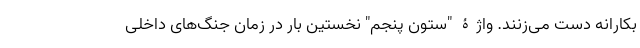
بکارانه دست می‌زنند. واژۀ "ستون پنجم" نخستین بار در زمان جنگ‌های داخلی